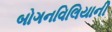
બોગનવિલિયાની